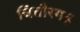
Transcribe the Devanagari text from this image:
चित्तौरगढ़